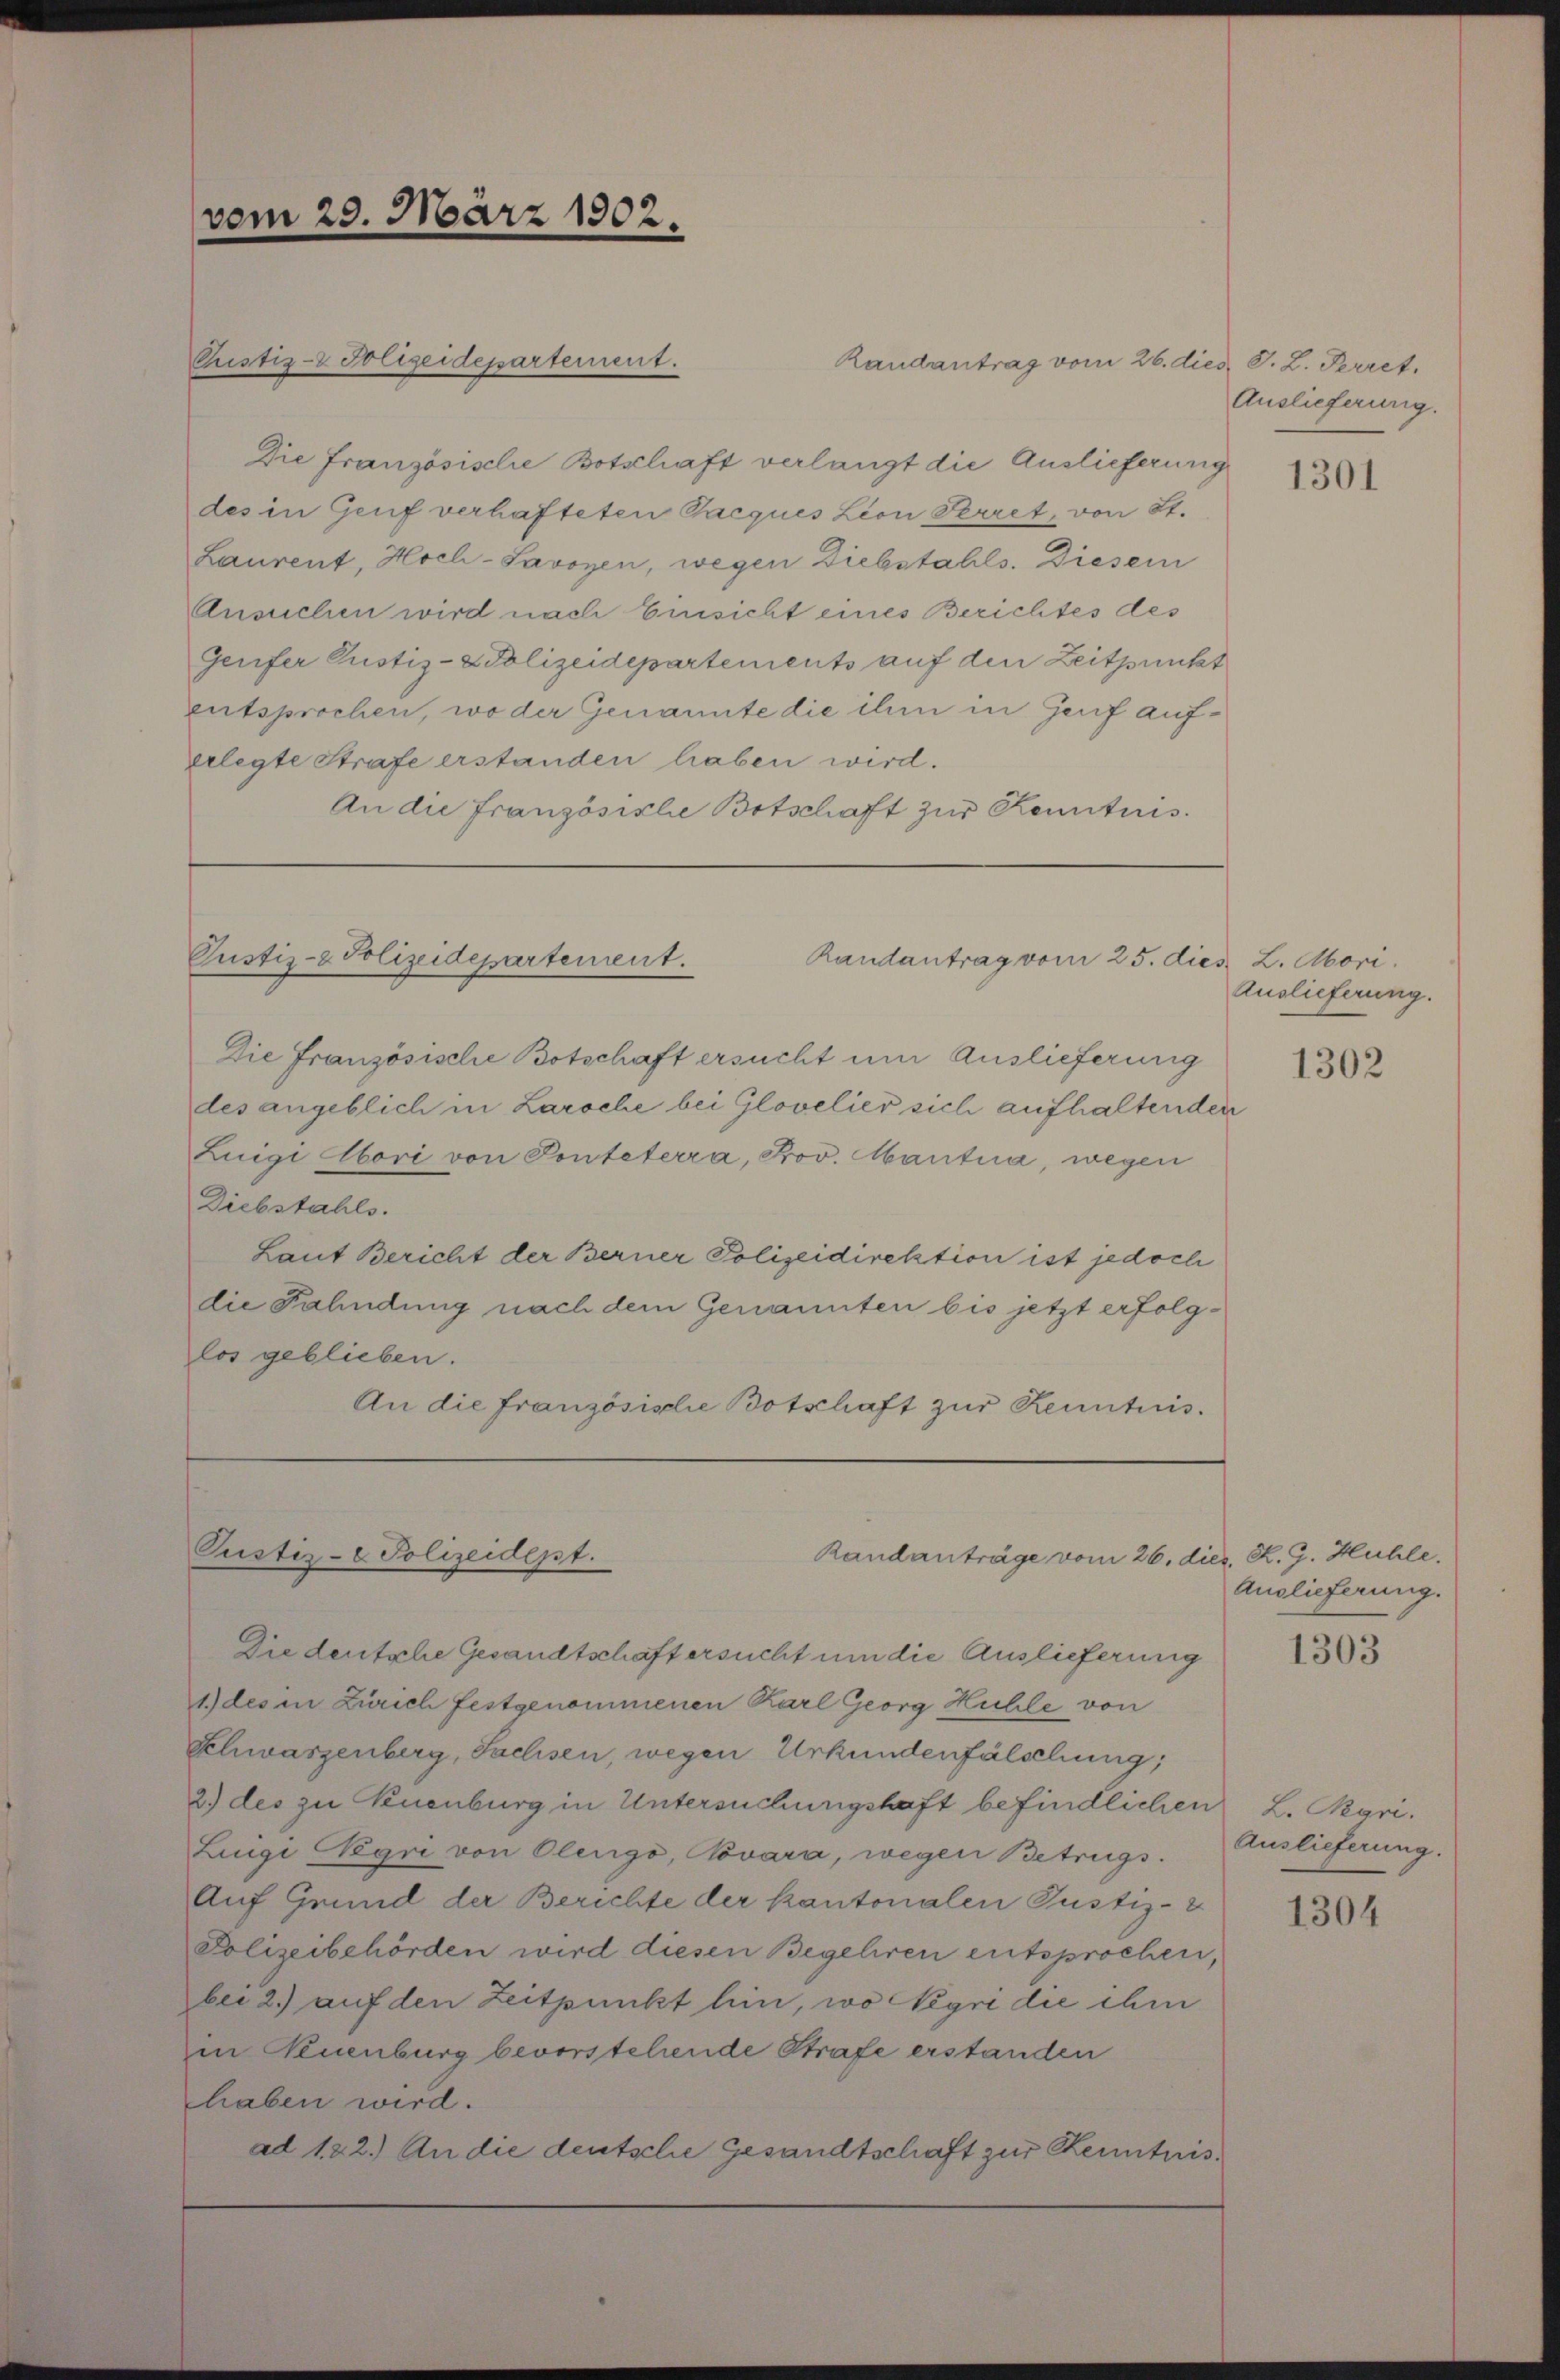
vom 29. März 1902.

Die Französische Botschaft verlangt die Auslieferung
des in Genf verhafteten Pacques Lion Herret, von St.
Laurent, Hoch-Savoyen, wegen Diebstahls. Diesem
Ansuchen wird nach Einsicht eines Berichtes des
Gerfer Justiz- & Polizeidepartements auf den Zeitpunkt
entsprochen, wo der Genannte die ihm in Genf auferlegte Strafe erstanden haben wird.
An die Französische Botschaft zur Kenntnis.

Pustiz- & Polizeidepartement.

Pustiz- & Polizeidepartement.
Randantrag vom 25. dies L. Abori.

Pustiz- & Polizeidept.
Randanträge vom 26. d

Randantrag vom 26. dies J. L. Perret,

Auslieferung.

Die Französische Botschaft ersucht um Auslieferung
des angeblich in Laroche bei Glovelier sich aufhaltenden
Luigi Abori von Ponteterra, Prov. Mantia, wegen
Diebstahls.
Laut Bericht der Berner Polizeidirektion ist jedoch
die Fahndung nach dem Genannten bis jetzt erfolglos geblieben.
An die französische Botschaft zur Kenntnis.

Die deutsche Gesandtschaft ersucht um die Auslieferung
1) des in Zürich festgenommenen Karl Georg Huhle von
Schwarzenberg, Sachsen, wegen Urkundenfälschung,
2.) des zu Neuenburg in Untersuchungshaft befindlichen L. Rgri.
Linge Negre von Olengo, Novara, wegen Betrugs.
Auf Grund der Berichte der kantonalen Justiz-
Polizeibehörden wird diesen Begehren entsprochen,
bei 2.) auf den Zeitpunkt hin, wo Negri die ihm
in Kuenburg bevorstehende Strafe erstanden
haben wird.
ad 122.) An die deutsche Gesandtschaft zur Kenntnis¬

1301

Auslieferung.

1302

ieg. R. G. Mühle.
Auslieferung.

1303

Auslieferung.

1304